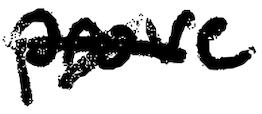
Text: prove
Cross-out: cross
Writing tool: digital_black